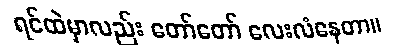
ရင်ထဲမှာလည်း တော်တော် လေးလံနေတာ။